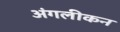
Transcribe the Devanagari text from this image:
अंगलीकन